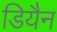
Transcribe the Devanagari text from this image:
डियैन